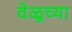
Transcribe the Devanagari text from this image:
वेळूच्या